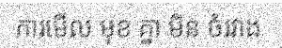
ការមើល មុខ គ្នា មិន ចំរវាង